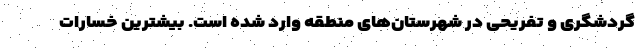
گردشگری و تفریحی در شهرستان‌های منطقه وارد شده است. بیشترین خسارات